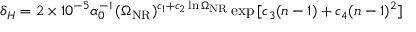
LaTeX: \delta _ { H } = 2 \times 1 0 ^ { - 5 } \alpha _ { 0 } ^ { - 1 } \, ( \Omega _ { \mathrm { N R } } ) ^ { c _ { 1 } + c _ { 2 } \ln \Omega _ { \mathrm { N R } } } \exp { [ c _ { 3 } ( n - 1 ) + c _ { 4 } ( n - 1 ) ^ { 2 } ] }